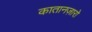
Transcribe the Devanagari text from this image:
कातानज़ारो